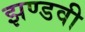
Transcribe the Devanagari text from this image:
झण्डवी